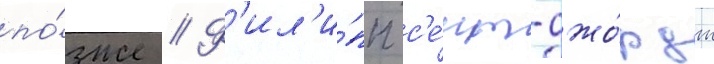
по́зже // Ф'ил'и́пп с'е́нт-джо́рдж